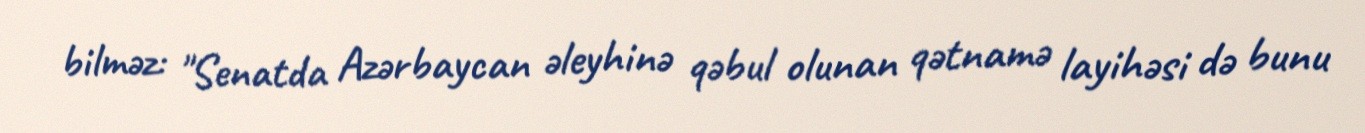
bilməz: "Senatda Azərbaycan əleyhinə qəbul olunan qətnamə layihəsi də bunu